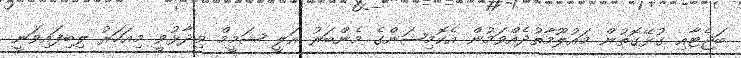
ބަޖެޓާއި ގުޅޭގޮތުން މައުލޫމާތުދެއްވަމުން އެކޮމިޝަންގެ މެންބަރު އަލީ ޝަމީމް ވިދާޅުވީ މިއަހަރު ލިބިފައިވަނީ